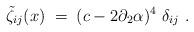
LaTeX: \begin{align*}\tilde{\zeta}_{ij} (x)\;=\; (c-2\partial_2\alpha)^4 \ \delta_{ij}\ .\end{align*}